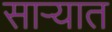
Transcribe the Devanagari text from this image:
साऱ्यात